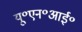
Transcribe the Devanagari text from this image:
यू॰एन॰आई॰